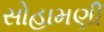
સોહામણી